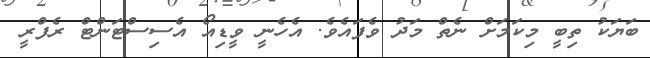
ބަޔަކު ތިބީ މިކަމަށް ނެތް މަދު ވެފައެވެ. އެހެނީ ވީޑިއޯ އެސިސްޓަންޓް ރެފްރީ